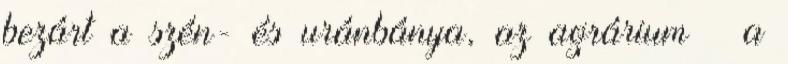
bezárt a szén- és uránbánya, az agrárium – a